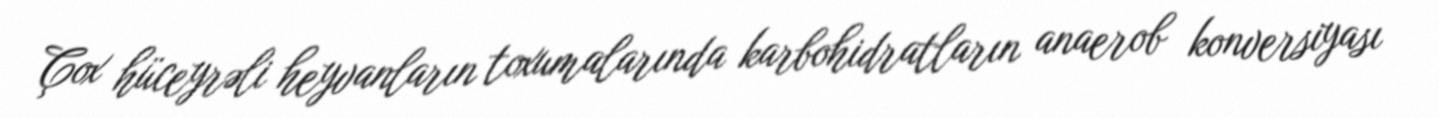
Çox hüceyrəli heyvanların toxumalarında karbohidratların anaerob konversiyası